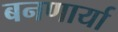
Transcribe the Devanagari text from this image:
बनणार्या